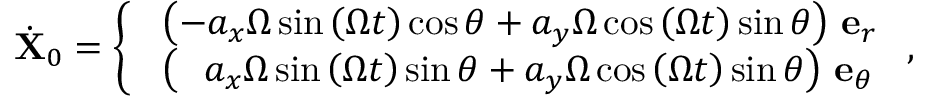
\dot { \mathbf { X } } _ { 0 } = \left\{ \begin{array} { l l } { \, \, \left( - a _ { x } \Omega \sin { \left( \Omega t \right) } \cos \theta + a _ { y } \Omega \cos { \left( \Omega t \right) } \sin \theta \right) \, \mathbf { e } _ { r } } \\ { \, \, \left( \, \, \, \, a _ { x } \Omega \sin { \left( \Omega t \right) } \sin \theta + a _ { y } \Omega \cos { \left( \Omega t \right) } \sin \theta \right) \, \mathbf { e } _ { \theta } } \end{array} \right. ,